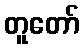
တူတော်